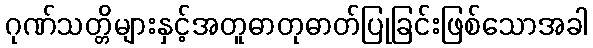
ဂုဏ်သတ္တိများနှင့်အတူဓာတုဓာတ်ပြုခြင်းဖြစ်သောအခါ